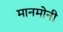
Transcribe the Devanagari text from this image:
मानमोनी